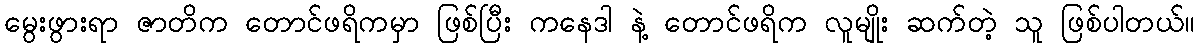
မွေးဖွားရာ ဇာတိက တောင်ဖရိကမှာ ဖြစ်ပြီး ကနေဒါ နဲ့ တောင်ဖရိက လူမျိုး ဆက်တဲ့ သူ ဖြစ်ပါတယ်။